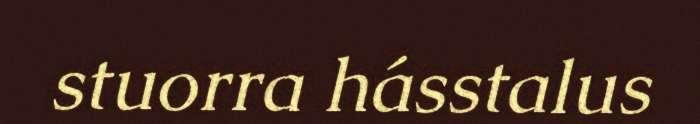
stuorra hásstalus